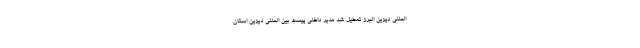
المللی دیزین البرز تعطیل شد مدیر داخلی پیست بین المللی دیزین استان